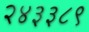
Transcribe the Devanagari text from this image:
२४३३८९